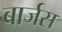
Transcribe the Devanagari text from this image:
बार्जस